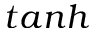
t a n h